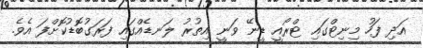
އަދި ފަހު މިނިޓްގައި ޓްރޯއީ ޑީނޭ ވަނީ އިތުރު ލަނޑެއްގައި ފަރަގުބޮޑުކޮށްފަ އެވެ.